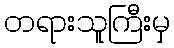
တရားသူကြီးမှ